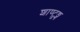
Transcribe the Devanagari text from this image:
शाण्टुङ्ग